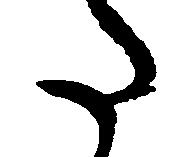
た